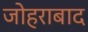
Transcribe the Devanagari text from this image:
जोहराबाद